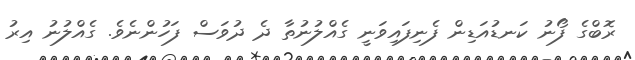
ރޮބްގެ ފޯނު ކަނޑުއަޑިން ފެނިފައިވަނީ ގެއްލުނުތާ ދެ ދުވަސް ފަހުންނެވެ. ގެއްލުނު އިރު